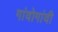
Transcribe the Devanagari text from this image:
गांवोगांवी